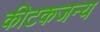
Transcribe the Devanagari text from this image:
कीटकजन्य